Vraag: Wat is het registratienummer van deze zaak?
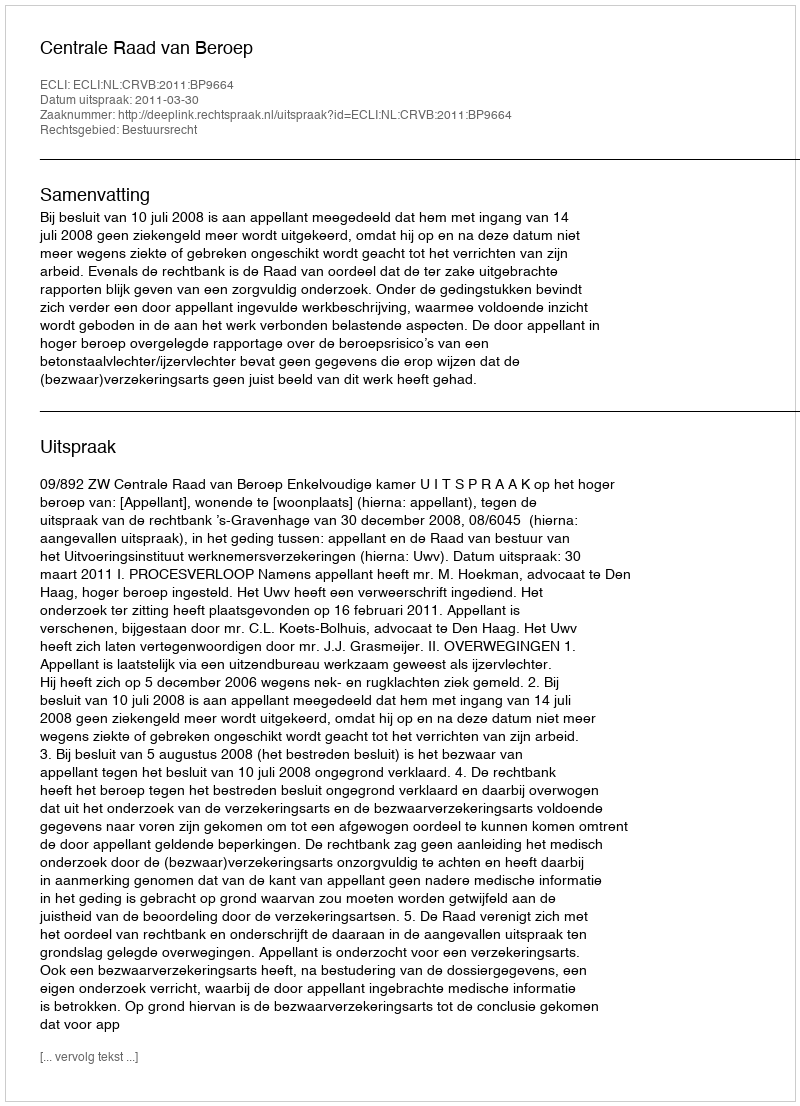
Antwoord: http://deeplink.rechtspraak.nl/uitspraak?id=ECLI:NL:CRVB:2011:BP9664